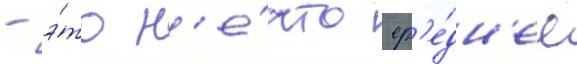
- э́то н'е́что ср'е́дн'ее